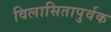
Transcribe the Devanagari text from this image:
विलासितापुर्वक